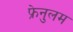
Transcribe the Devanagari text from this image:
फ्रेनुलम